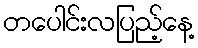
တပေါင်းလပြည့်နေ့